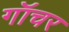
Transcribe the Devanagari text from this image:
गॉचर